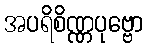
အပရိစိဏ္ဏပုဗ္ဗော